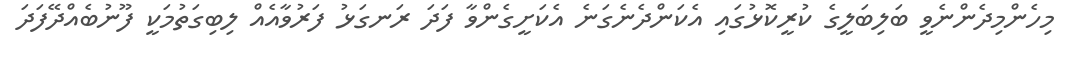
މިހެންމިދެންނެވީ ބަލިބަލީގެ ކުރީކޮޅުގައި އެކަންދެނެގަނެ އެކަށީގެންވާ ފަދަ ރަނގަޅު ފަރުވާއެއް ލިބިގަތުމަކީ ފޫނުބެއްދޭފަދަ